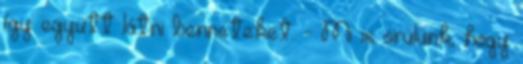
így együtt látni benneteket. - Mi is örülünk, hogy